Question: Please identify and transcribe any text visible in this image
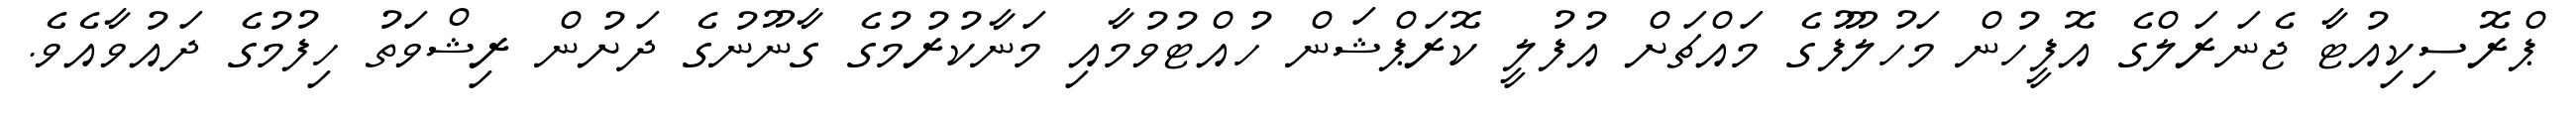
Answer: ޕްރޮސިކިއުޓާ ޖެނަރަލްގެ އޮފީހުން މަހުލޫފުގެ މައްޗަށް އުފުލީ ކޮރަޕްޝަން ހުއްޓުވުމާއި މަނާކުރުމުގެ ގާނޫނުގެ ދަށުން ރިޝްވަތު ހިފުމުގެ ދައުވާއެވެ.